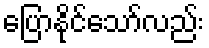
ပြောနိုင်သော်လည်း